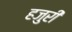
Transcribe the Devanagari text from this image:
हजुरी